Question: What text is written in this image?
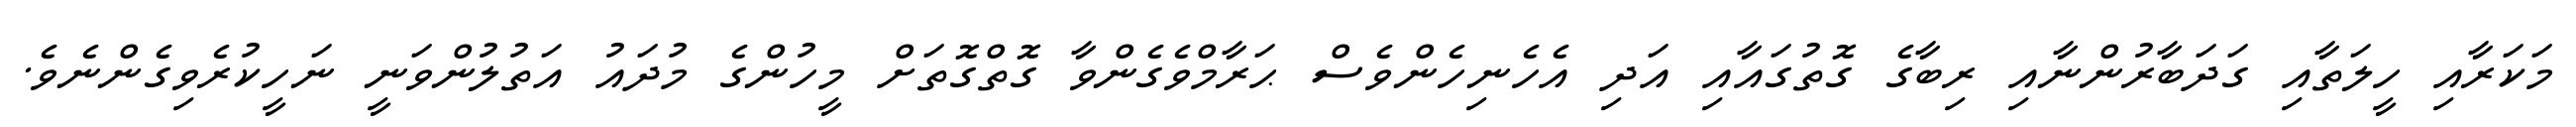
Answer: މަކަރާއި ހީލަތާއި ގަދަބާރުންނާއި ރިބާގެ ގޮތުގައާއި އަދި އެހެނިހެންވެސް ޙަރާމްވެގެންވާ ގޮތްގޮތަށް މީހުންގެ މުދައު އަތުލުންވަނީ ނަހީކުރެވިގެންނެވެ.